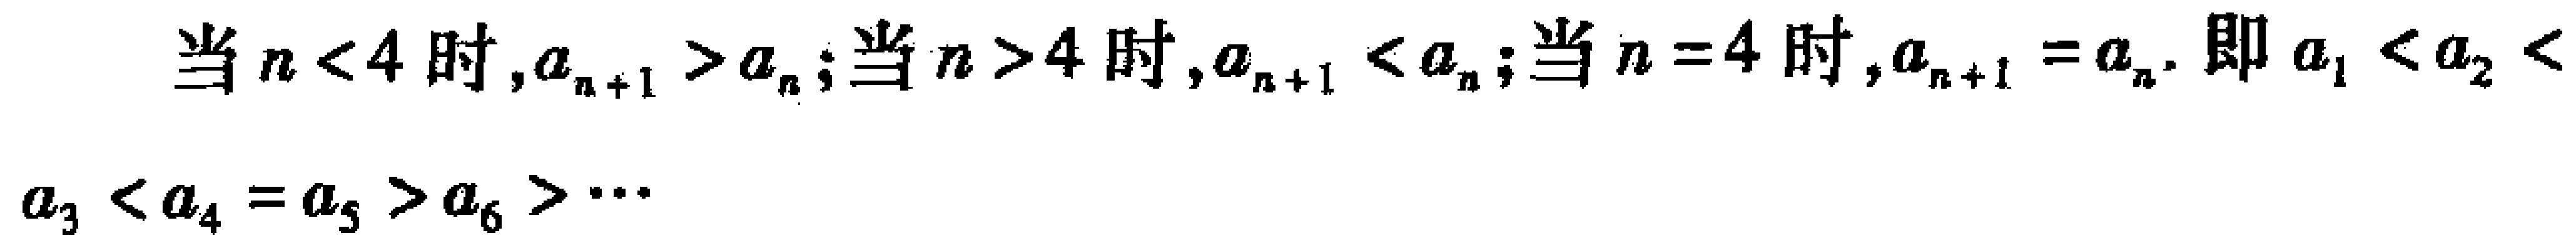
当\(n < 4\)时,\(a_{n + 1} > a_{n}\);当\(n > 4\)时,\(a_{n + 1} < a_{n}\);当\(n = 4\)时,\(a_{n + 1} = a_{n}\). 即\(a_{1}<a_{2}<a_{3}<a_{4}=a_{5}>a_{6}>\cdots\)